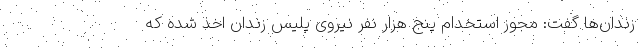
زندان‌ها گفت: مجوز استخدام پنج هزار نفر نیروی پلیس زندان اخذ شده که